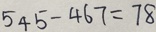
5 4 5 - 4 6 7 = 7 8